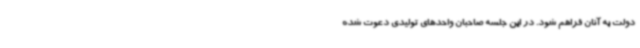
دولت به آنان فراهم شود. در این جلسه صاحبان واحدهای تولیدی دعوت شده